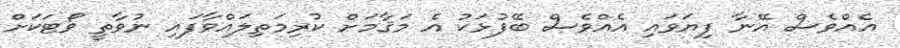
އެއްވެސް އޭނާ ފިޔަވައި އެއްވެސް ބޭފުޅަކު އެ މަޤާމަށް ކުރިމަތިލައްވާފައި ނުވާތީ ވޯޓަކަށް